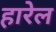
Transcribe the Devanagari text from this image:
हारेल